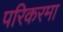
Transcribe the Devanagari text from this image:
परिकरमा